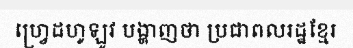
ហ្វ្រេដហូឡូវ បង្ហាញថា ប្រជាពលរដ្ឋខ្មែរ